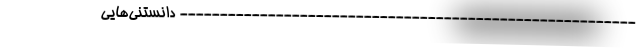
--------------------------------------------------------- دانستنی‌هایی